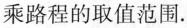
乘路程的取值范围.